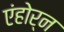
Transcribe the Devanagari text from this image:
एंहोर्न